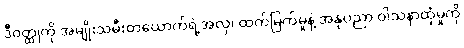
ဒီဝတ္ထုကို အမျိုးသမီးတယောက်ရဲ့အလှ၊ ထက်မြက်မှုနဲ့ အနုပညာ ဝါသနာထုံမှုကို